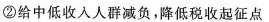
②给中低收入人群减负，降低税收起征点